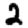
Digit: 2